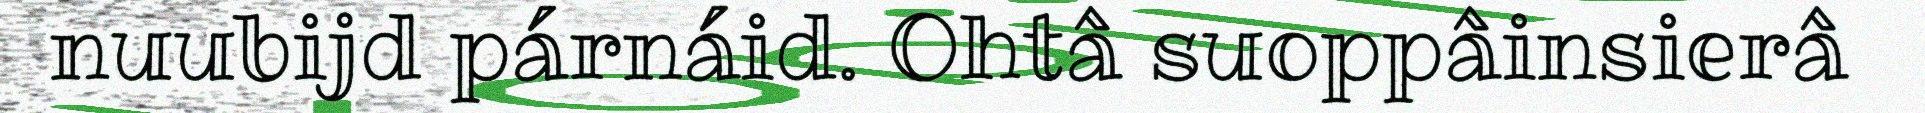
nuubijd párnáid. Ohtâ suoppâinsierâ